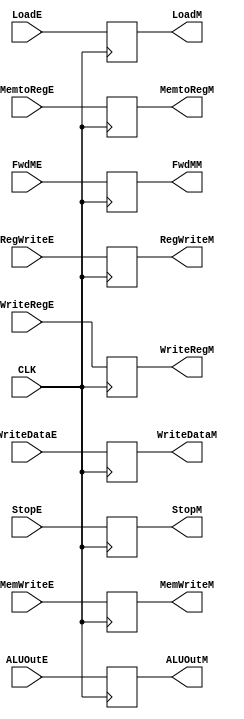
module PipelineMEM (
    input CLK,
    input wire RegWriteE,
    input wire MemtoRegE,
    input wire MemWriteE,
    input wire LoadE,
    input wire[31:0] ALUOutE,
    input wire[4:0] WriteRegE,
	input wire FwdME,
    input wire[31:0] WriteDataE,
    input wire StopE,
    output reg RegWriteM,
    output reg MemtoRegM,
    output reg MemWriteM,
    output reg LoadM,
    output reg[31:0] ALUOutM,
    output reg[4:0] WriteRegM,
	output reg FwdMM,
    output reg[31:0] WriteDataM,
    output reg StopM
);

initial begin
    StopM = 0;
end

always @(posedge CLK) begin
    RegWriteM  <= RegWriteE;
    MemtoRegM  <= MemtoRegE;
    MemWriteM  <= MemWriteE;
    LoadM      <= LoadE;
    ALUOutM    <=  ALUOutE;
    WriteRegM  <= WriteRegE;
	FwdMM      <= FwdME;
    WriteDataM <= WriteDataE;
    StopM      <= StopE;
end

endmodule